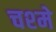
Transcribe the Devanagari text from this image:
चश्‍मे